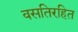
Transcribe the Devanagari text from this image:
वसतिरहित